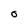
Character: O